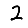
Digit: 2